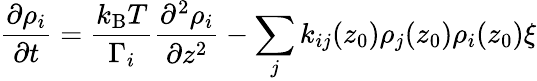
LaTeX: \frac{\partial\rho_{i}}{\partial t}=\frac{k_{\mathrm{B}}T}{\Gamma_{i}}\frac{\partial^{2}\rho_{i}}{\partial z^{2}}-\sum_{j}k_{ij}(z_{0})\rho_{j}(z_{0})\rho_{i}(z_{0})\xi